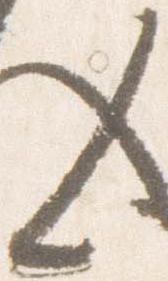
々